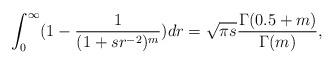
LaTeX: \begin{align*}\int_0^{\infty} (1-\frac{1}{(1+s r^{-2})^m}) d r = \sqrt{\pi s} \frac{\Gamma(0.5+m)}{\Gamma(m)},\end{align*}